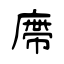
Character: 廗